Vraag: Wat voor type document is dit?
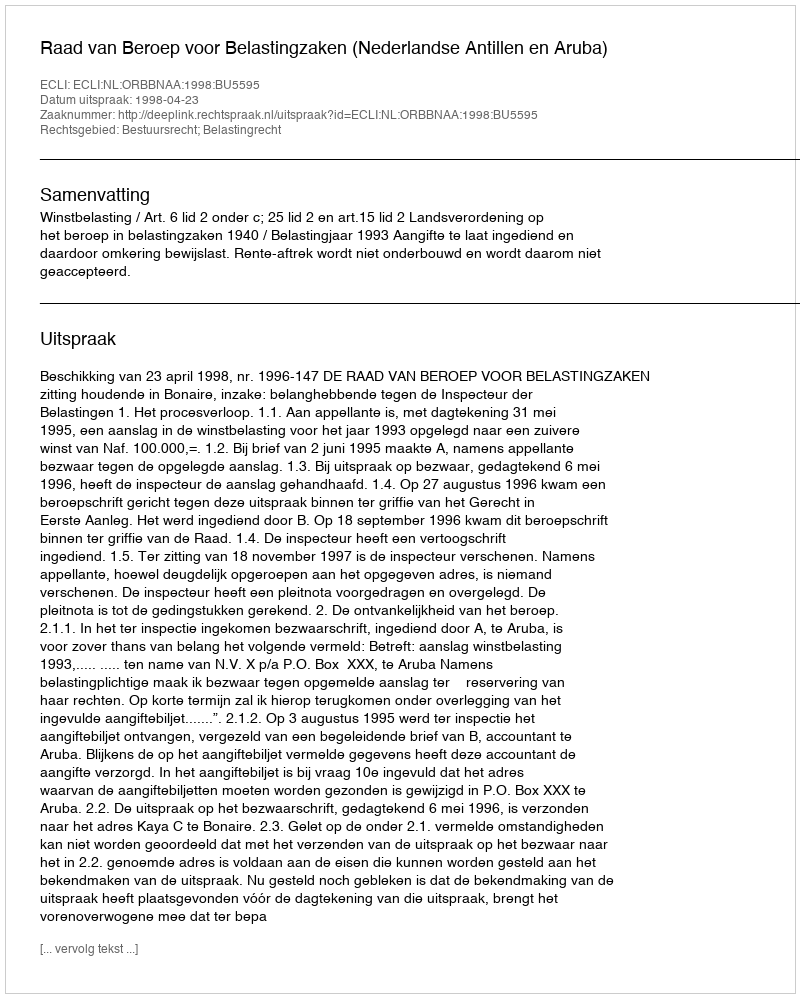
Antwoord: Uitspraak